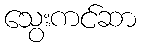
သွေးကင်ဆာ